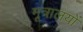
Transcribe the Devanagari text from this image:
मूत्रालयों